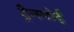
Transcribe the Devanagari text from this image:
ट्रैन्स्पोर्ट्